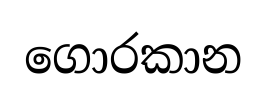
ගොරකාන